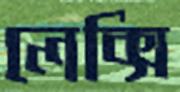
লেক্সি